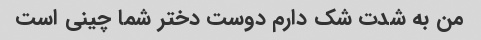
من به شدت شک دارم دوست دختر شما چینی است